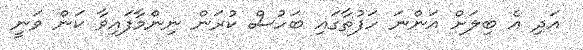
އަދި އެ ބިލަށް އަންނަ ހަފުތާގައި ބަހުސް ކުރަން ނިންމާފައިވާ ކަން ވަނީ